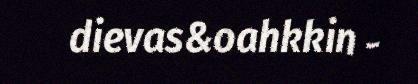
dievas&oahkkin -